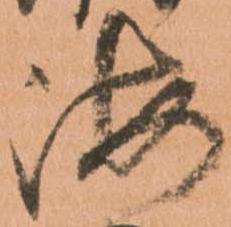
海